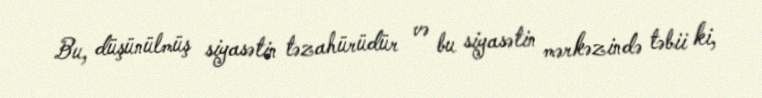
Bu, düşünülmüş siyasətin təzahürüdür və bu siyasətin mərkəzində təbii ki,